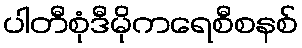
ပါတီစုံဒီမိုကရေစီစနစ်